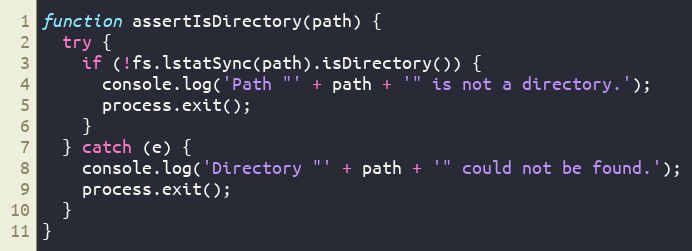
Language: JavaScript
function assertIsDirectory(path) {
  try {
    if (!fs.lstatSync(path).isDirectory()) {
      console.log('Path "' + path + '" is not a directory.');
      process.exit();
    }
  } catch (e) {
    console.log('Directory "' + path + '" could not be found.');
    process.exit();
  }
}